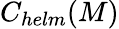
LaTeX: C_{helm}(M)